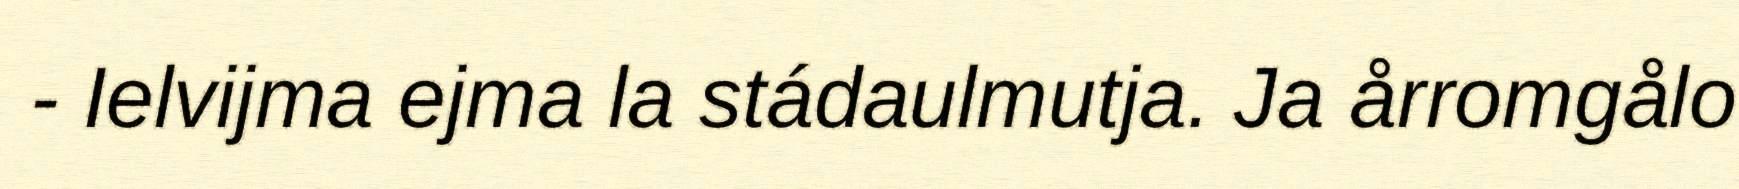
- Ielvijma ejma la stádaulmutja. Ja årromgålo